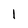
Character: 1